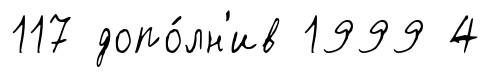
117 допо́лн'ив 1999 4